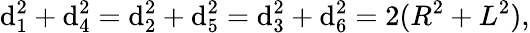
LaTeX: \mathrm{d}_{1}^{2}+\mathrm{d}_{4}^{2}=\mathrm{d}_{2}^{2}+\mathrm{d}_{5}^{2}=\mathrm{d}_{3}^{2}+\mathrm{d}_{6}^{2}=2(R^{2}+L^{2}),